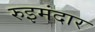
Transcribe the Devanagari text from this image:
रुइमंदार